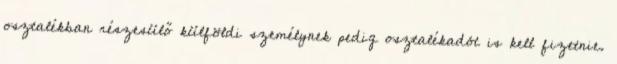
osztalékban részesülő külföldi személynek pedig osztalékadót is kell fizetnie.